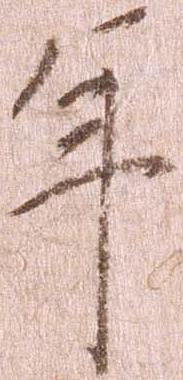
年